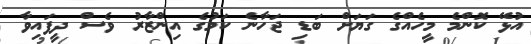
އުޅޭ ކޮންމެ މީހެއްގެ ގަޔަށް ބަޑި ޖަހާނެ ކަމުގެ އިންޒާރު ވެސް ދީފައިވާ